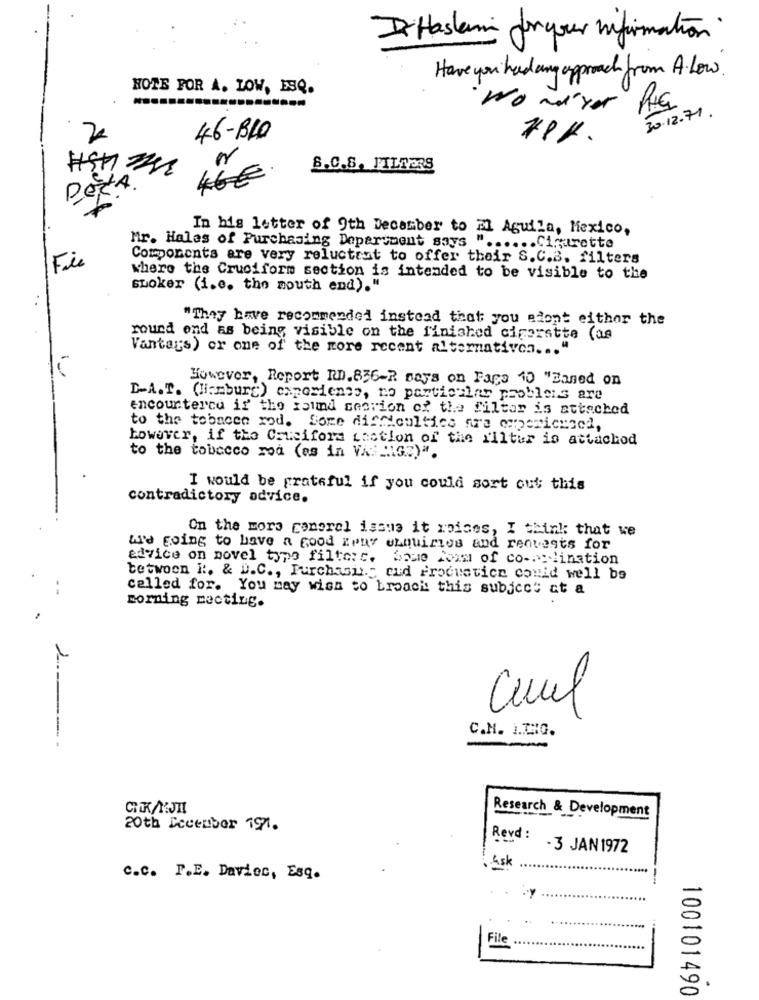
I Hastemi for your mifirmation
Have you had any approach from A. Low.
HOTE FOR A. LOW, ESQ.
wonder RIG
30.12.71.
46-BLO
S.C.8. FILTERS
46€
Per
In bis letter of 9th December to ml Aguila, Mexico,
Mr. Hales of Purchasing Department says " ...... Cigarette
Fie
Components are very reluctant to offer their S.C.B. filters
where the Cruciform section is intended to be visible to the
suoker (i.e. the mouth end)."
"They have recommended instead that you edont either the
round end as being visible on the finished cigarette (as
Vantars) or one of the more recent alternativen. .. "
However, Report RD.836-2 says on Faca 10 "Based on
LA.T. (Hamburg) experience, no particular problems are
encounterca if the round section of the Filter is attached
to the tobacco mod. fore difficulties are experienced,
however, if the Crucifora Lection of the filter is attachod
to the tobacco rod (as in Vis IG7)".
I would be grateful if you could sort out this
contradictory advice.
On the mors ponerel issus it woices, I think that we
we going to have a Good Hear enquiries and requests for
advice on novel type filtere. bene fon of co-polination
tetwoon i :. & D.C ., Purchasing cud Productice conid well be
called for. You may wish to broach this subject at a
morning meeting.
Cuul
C.N. I.T.G.
Research & Development
20th Ecceuber 1971.
Revd:
-3 JAN 1972
.45k
c.c. P.E. Daviec, Esq.
File
100101490